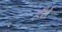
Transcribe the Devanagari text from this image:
हँसें